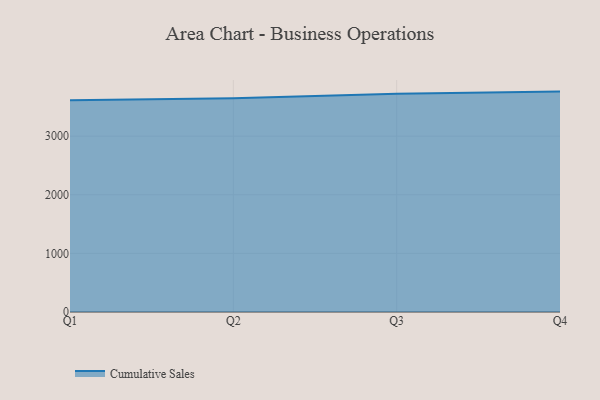
{"axis": {"x": "Quarter", "y": "Customer Acquisition Cost (USD)"}, "legend": ["Cumulative Sales"], "data": [{"x": "Q1", "y": 3612.9, "type": "Cumulative Sales"}, {"x": "Q2", "y": 3645.6, "type": "Cumulative Sales"}, {"x": "Q3", "y": 3723.2, "type": "Cumulative Sales"}, {"x": "Q4", "y": 3759.9, "type": "Cumulative Sales"}]}